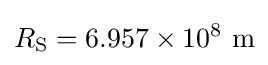
R_{\rm {S}}=6.957\times 10^{8}\ \mathrm {m}